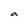
Character: a